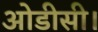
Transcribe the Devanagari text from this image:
ओडीसी।